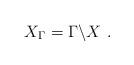
LaTeX: \begin{align*}X_\Gamma = \Gamma\backslash X\ .\end{align*}